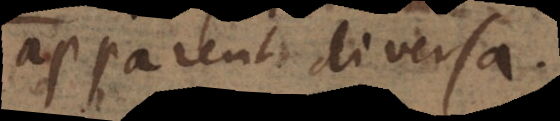
apparent diversa.